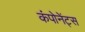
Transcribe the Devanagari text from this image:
कंपोनेंट्स